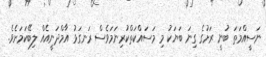
ނަސީއްމަތަ ބުނީ ރަށުގެ ގިނަ ބަޔަކު މި މަސައްކަތްކުރިނަމަވެސް ރަނގަޅު އާމްދަނީއެއް ލިބޭކަމަށެވެ.